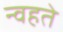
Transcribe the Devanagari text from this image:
न्वहते